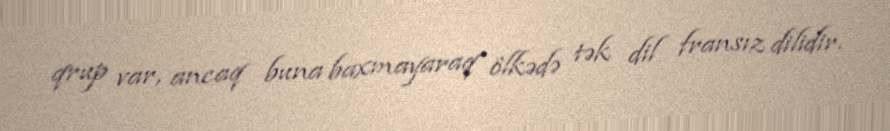
qrup var, ancaq buna baxmayaraq ölkədə tək dil fransız dilidir.